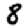
Digit: 8